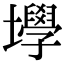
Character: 㙾